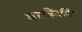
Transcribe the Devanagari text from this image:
यात्रिकी